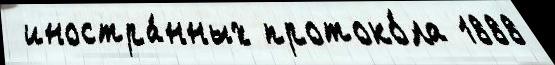
 иностра́нных протоко́ла 1888